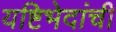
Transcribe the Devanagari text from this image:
यष्टिभेदांची